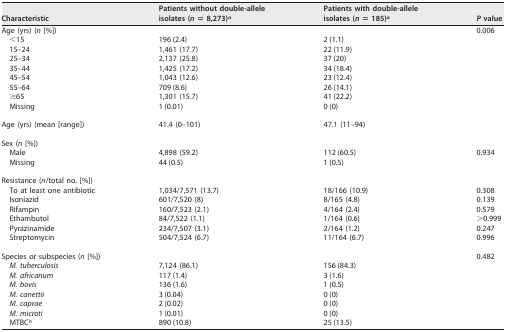
<table><thead><tr><td><b>Characteristic</b></td><td><b>Patients without double-allele isolates (<i>n</i> = 8,273)<sup><i>a</i></sup></b></td><td><b>Patients with double-allele isolates (<i>n</i> = 185)<sup><i>a</i></sup></b></td><td><b><i>P</i> value</b></td></tr></thead><tbody><tr><td>Age (yrs) (<i>n</i> [%])</td><td>[EMPTY_CELL]</td><td>[EMPTY_CELL]</td><td>0.006</td></tr><tr><td>&lt;15</td><td>196 (2.4)</td><td>2 (1.1)</td><td>[EMPTY_CELL]</td></tr><tr><td>15–24</td><td>1,461 (17.7)</td><td>22 (11.9)</td><td>[EMPTY_CELL]</td></tr><tr><td>25–34</td><td>2,137 (25.8)</td><td>37 (20)</td><td>[EMPTY_CELL]</td></tr><tr><td>35–44</td><td>1,425 (17.2)</td><td>34 (18.4)</td><td>[EMPTY_CELL]</td></tr><tr><td>45–54</td><td>1,043 (12.6)</td><td>23 (12.4)</td><td>[EMPTY_CELL]</td></tr><tr><td>55–64</td><td>709 (8.6)</td><td>26 (14.1)</td><td>[EMPTY_CELL]</td></tr><tr><td>≥65</td><td>1,301 (15.7)</td><td>41 (22.2)</td><td>[EMPTY_CELL]</td></tr><tr><td>Missing</td><td>1 (0.01)</td><td>0 (0)</td><td>[EMPTY_CELL]</td></tr><tr><td>Age (yrs) (mean [range])</td><td>41.4 (0–101)</td><td>47.1 (11–94)</td><td>[EMPTY_CELL]</td></tr><tr><td>Sex (<i>n</i> [%])</td><td>[EMPTY_CELL]</td><td>[EMPTY_CELL]</td><td>[EMPTY_CELL]</td></tr><tr><td>Male</td><td>4,898 (59.2)</td><td>112 (60.5)</td><td>0.934</td></tr><tr><td>Missing</td><td>44 (0.5)</td><td>1 (0.5)</td><td>[EMPTY_CELL]</td></tr><tr><td>Resistance (<i>n</i>/total no. [%])</td><td>[EMPTY_CELL]</td><td>[EMPTY_CELL]</td><td>[EMPTY_CELL]</td></tr><tr><td>To at least one antibiotic</td><td>1,034/7,571 (13.7)</td><td>18/166 (10.9)</td><td>0.308</td></tr><tr><td>Isoniazid</td><td>601/7,520 (8)</td><td>8/165 (4.8)</td><td>0.139</td></tr><tr><td>Rifampin</td><td>160/7,523 (2.1)</td><td>4/164 (2.4)</td><td>0.579</td></tr><tr><td>Ethambutol</td><td>84/7,522 (1.1)</td><td>1/164 (0.6)</td><td>&gt;0.999</td></tr><tr><td>Pyrazinamide</td><td>234/7,507 (3.1)</td><td>2/164 (1.2)</td><td>0.247</td></tr><tr><td>Streptomycin</td><td>504/7,524 (6.7)</td><td>11/164 (6.7)</td><td>0.996</td></tr><tr><td>Species or subspecies (<i>n</i> [%])</td><td>[EMPTY_CELL]</td><td>[EMPTY_CELL]</td><td>0.482</td></tr><tr><td>M. tuberculosis</td><td>7,124 (86.1)</td><td>156 (84.3)</td><td>[EMPTY_CELL]</td></tr><tr><td>M. africanum</td><td>117 (1.4)</td><td>3 (1.6)</td><td>[EMPTY_CELL]</td></tr><tr><td>M. bovis</td><td>136 (1.6)</td><td>1 (0.5)</td><td>[EMPTY_CELL]</td></tr><tr><td>M. canettii</td><td>3 (0.04)</td><td>0 (0)</td><td>[EMPTY_CELL]</td></tr><tr><td>M. caprae</td><td>2 (0.02)</td><td>0 (0)</td><td>[EMPTY_CELL]</td></tr><tr><td>M. microti</td><td>1 (0.01)</td><td>0 (0)</td><td>[EMPTY_CELL]</td></tr><tr><td>MTBC<sup><i>b</i></sup></td><td>890 (10.8)</td><td>25 (13.5)</td><td>[EMPTY_CELL]</td></tr></tbody></table>